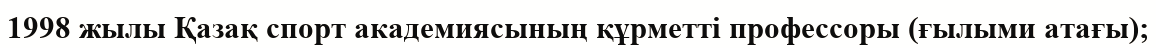
1998 жылы Қазақ спорт академиясының құрметті профессоры (ғылыми атағы);